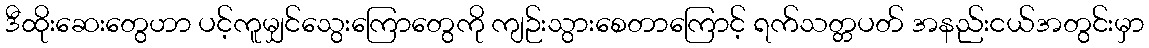
ဒီထိုးဆေးတွေဟာ ပင့်ကူမျှင်သွေးကြောတွေကို ကျဉ်းသွားစေတာကြောင့် ရက်သတ္တပတ် အနည်းငယ်အတွင်းမှာ